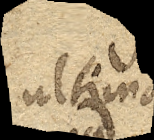
ultima